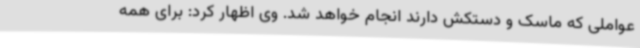
عواملی که ماسک و دستکش دارند انجام خواهد شد. وی اظهار کرد: برای همه